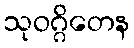
သုဝဂ္ဂိတေန